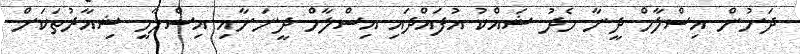
ދަށުން އިސްލާމް ދީނާ މެދު ޝައްކު އުފައްދައި އިސްލާމް ދީނަށާއި އިސްލާމީ ޝިއާރުތަކަށް